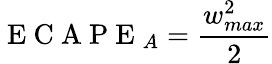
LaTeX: \mathrm{~E~C~A~P~E~}_{A}=\frac{w_{max}^{2}}{2}